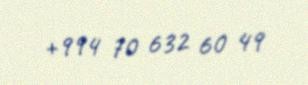
+994 70 632 60 49